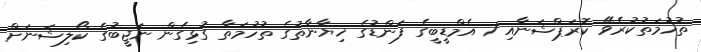
ތުހުމަތުކުރެވޭ ކޮރަޕްޝަނާއި 1 އެމްޑީބީގެ ފަންޑުގެ ޚިޔާނާތުގެ ތުހުމަތާ ގުޅިގެން ނަޖީބުގެ ކޯލިޝަނަށް